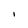
Character: I